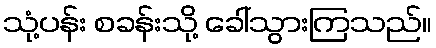
သုံ့ပန်း စခန်းသို့ ခေါ်သွားကြသည်။